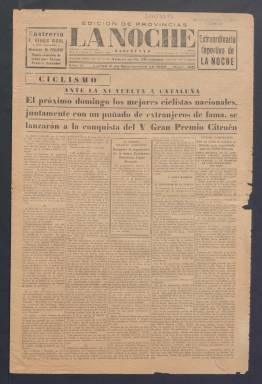
Título: La Noche (Barcelona. 1924)
Colección: Periódicos
Ámbito geográfico: Barcelona
Lugar de publicación: Barcelona
Fechas: 02/09/1929-28/12/1937